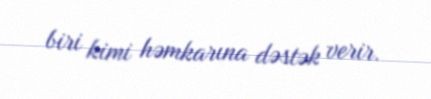
biri kimi həmkarına dəstək verir.